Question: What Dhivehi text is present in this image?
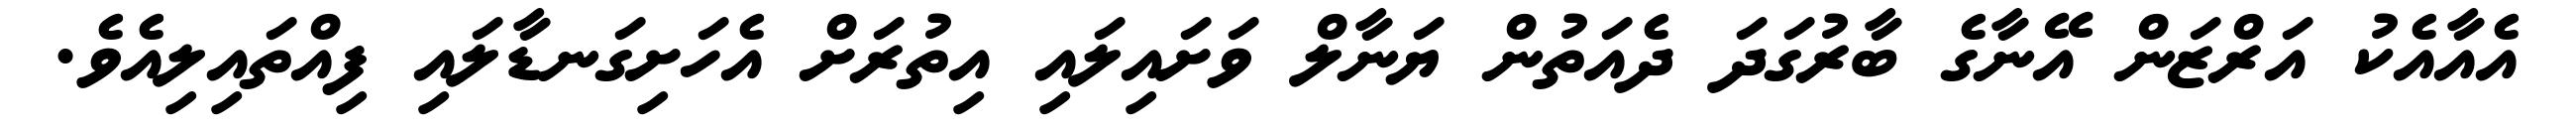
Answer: އެއާއެކު އަރްޒަން އޭނާގެ ބާރުގަދަ ދެއަތުން ޔަނާލް ވަށައިލައި އިތުރަށް އެހަށިގަނޑާލައި ފިއްތައިލިއެވެ.